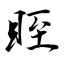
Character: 眰